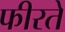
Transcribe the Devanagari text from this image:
फीरते